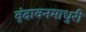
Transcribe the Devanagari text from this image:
वृंदावनमाधुरी